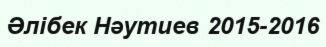
Әлібек Нәутиев 2015-2016